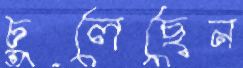
ঢুলেছেন